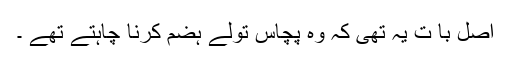
اصل با ت یہ تھی کہ وہ پچاس تولے ہضم کرنا چاہتے تھے ۔